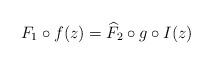
LaTeX: \begin{align*}F_1\circ f(z)=\widehat{F}_2\circ g\circ I(z) \end{align*}